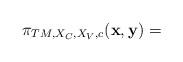
LaTeX: \begin{align*} \pi_{TM,X_{C},X_{V},c} ({\bf x}, {\bf y})=\end{align*}